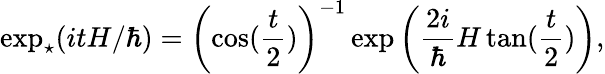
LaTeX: \exp_{\star}(itH/\hbar)=\left(\cos(\frac{t}{2})\right)^{-1}\exp\left(\frac{2i}{\hbar}H\tan(\frac{t}{2})\right),